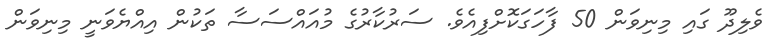
ވެލިދޫ ގައި މިނިވަން 50 ފާހަގަކޮށްފިއެވެ. ސަރުކާރުގެ މުއައްސަސާ ތަކުން އިއްޔެވަނީ މިނިވަން